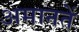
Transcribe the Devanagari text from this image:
अमानतें